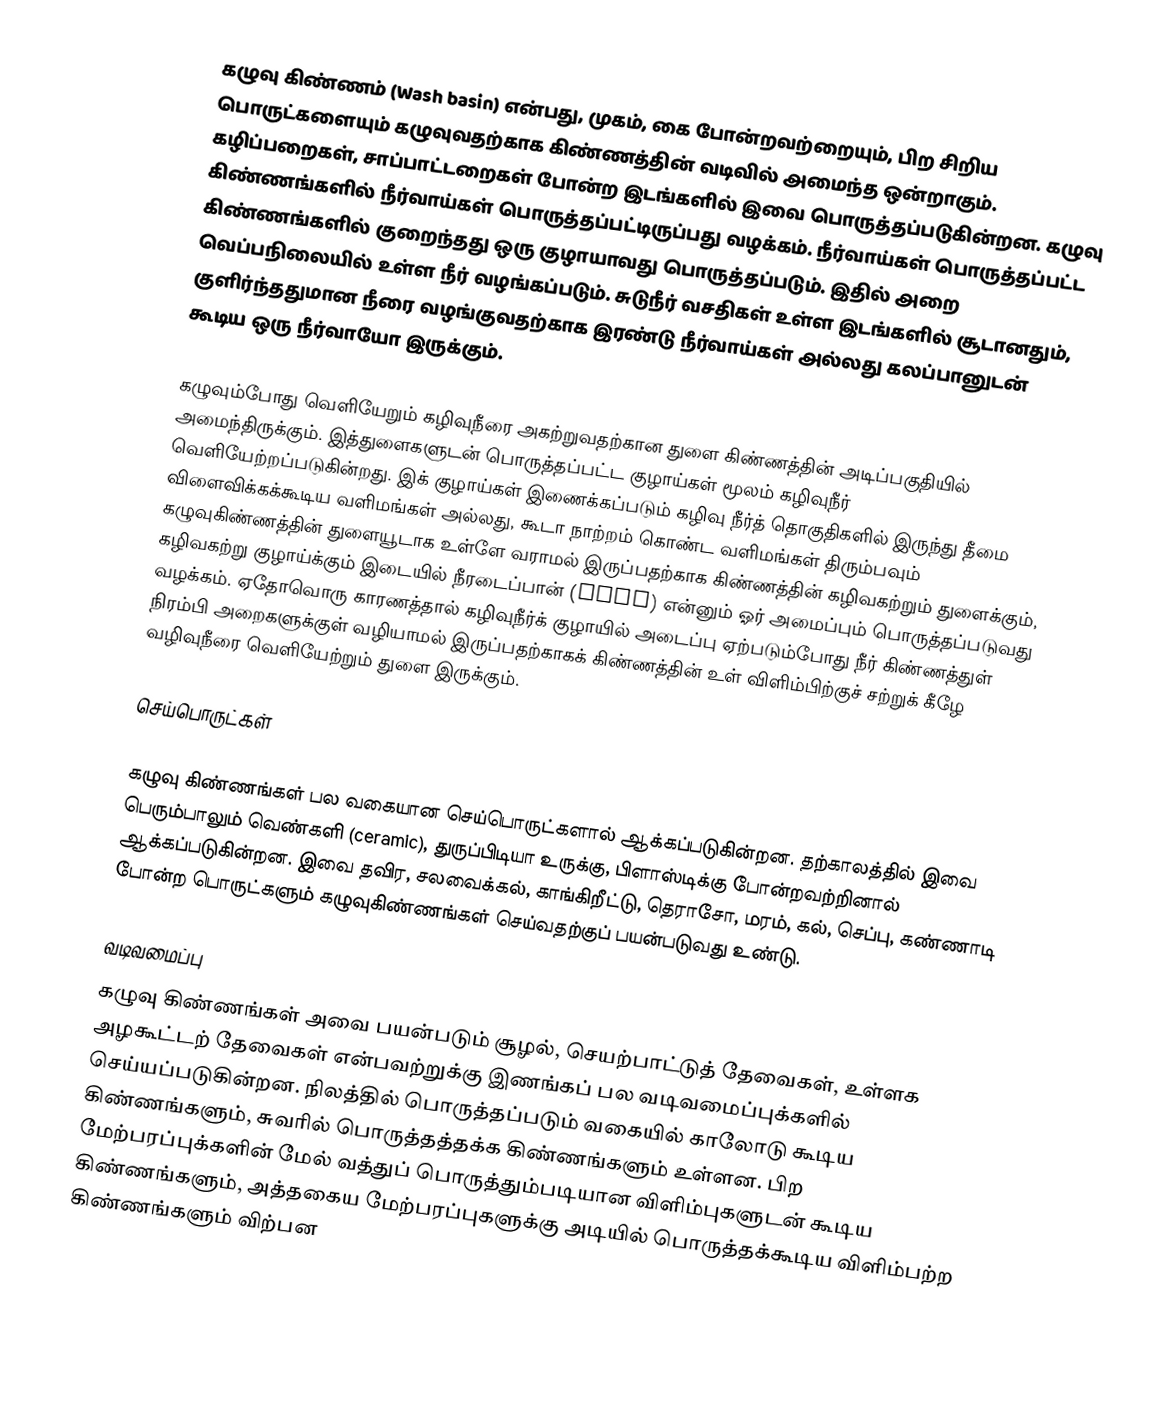
கழுவு கிண்ணம் (Wash basin) என்பது, முகம், கை போன்றவற்றையும், பிற சிறிய பொருட்களையும் கழுவுவதற்காக கிண்ணத்தின் வடிவில் அமைந்த ஒன்றாகும். கழிப்பறைகள், சாப்பாட்டறைகள் போன்ற இடங்களில் இவை பொருத்தப்படுகின்றன. கழுவு கிண்ணங்களில் நீர்வாய்கள் பொருத்தப்பட்டிருப்பது வழக்கம். நீர்வாய்கள் பொருத்தப்பட்ட கிண்ணங்களில் குறைந்தது ஒரு குழாயாவது பொருத்தப்படும். இதில் அறை வெப்பநிலையில் உள்ள நீர் வழங்கப்படும். சுடுநீர் வசதிகள் உள்ள இடங்களில் சூடானதும், குளிர்ந்ததுமான நீரை வழங்குவதற்காக இரண்டு நீர்வாய்கள் அல்லது கலப்பானுடன் கூடிய ஒரு நீர்வாயோ இருக்கும்.

கழுவும்போது வெளியேறும் கழிவுநீரை அகற்றுவதற்கான துளை கிண்ணத்தின் அடிப்பகுதியில் அமைந்திருக்கும். இத்துளைகளுடன் பொருத்தப்பட்ட குழாய்கள் மூலம் கழிவுநீர் வெளியேற்றப்படுகின்றது. இக் குழாய்கள் இணைக்கப்படும் கழிவு நீர்த் தொகுதிகளில் இருந்து தீமை விளைவிக்கக்கூடிய வளிமங்கள் அல்லது, கூடா நாற்றம் கொண்ட வளிமங்கள் திரும்பவும் கழுவுகிண்ணத்தின் துளையூடாக உள்ளே வராமல் இருப்பதற்காக கிண்ணத்தின் கழிவகற்றும் துளைக்கும், கழிவகற்று குழாய்க்கும் இடையில் நீரடைப்பான் (trap) என்னும் ஓர் அமைப்பும் பொருத்தப்படுவது வழக்கம். ஏதோவொரு காரணத்தால் கழிவுநீர்க் குழாயில் அடைப்பு ஏற்படும்போது நீர் கிண்ணத்துள் நிரம்பி அறைகளுக்குள் வழியாமல் இருப்பதற்காகக் கிண்ணத்தின் உள் விளிம்பிற்குச் சற்றுக் கீழே வழிவுநீரை வெளியேற்றும் துளை இருக்கும்.

செய்பொருட்கள்

கழுவு கிண்ணங்கள் பல வகையான செய்பொருட்களால் ஆக்கப்படுகின்றன. தற்காலத்தில் இவை பெரும்பாலும் வெண்களி (ceramic), துருப்பிடியா உருக்கு, பிளாஸ்டிக்கு போன்றவற்றினால் ஆக்கப்படுகின்றன. இவை தவிர, சலவைக்கல், காங்கிறீட்டு, தெராசோ, மரம், கல், செப்பு, கண்ணாடி போன்ற பொருட்களும் கழுவுகிண்ணங்கள் செய்வதற்குப் பயன்படுவது உண்டு.

வடிவமைப்பு
கழுவு கிண்ணங்கள் அவை பயன்படும் சூழல், செயற்பாட்டுத் தேவைகள், உள்ளக அழகூட்டற் தேவைகள் என்பவற்றுக்கு இணங்கப் பல வடிவமைப்புக்களில் செய்யப்படுகின்றன. நிலத்தில் பொருத்தப்படும் வகையில் காலோடு கூடிய கிண்ணங்களும், சுவரில் பொருத்தத்தக்க கிண்ணங்களும் உள்ளன. பிற மேற்பரப்புக்களின் மேல் வத்துப் பொருத்தும்படியான விளிம்புகளுடன் கூடிய கிண்ணங்களும், அத்தகைய மேற்பரப்புகளுக்கு அடியில் பொருத்தக்கூடிய விளிம்பற்ற கிண்ணங்களும் விற்பன